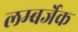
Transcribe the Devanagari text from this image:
लम्बर्जेक